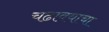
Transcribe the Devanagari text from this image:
चढावयाचा